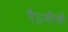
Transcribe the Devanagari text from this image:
पैठणीची